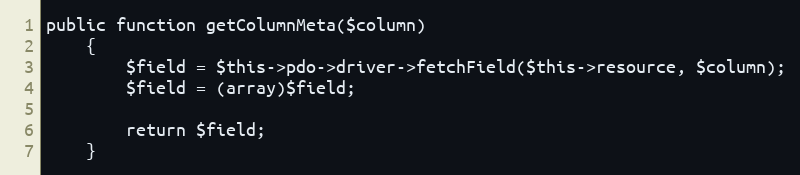
Language: PHP
public function getColumnMeta($column)
	{
		$field = $this->pdo->driver->fetchField($this->resource, $column);
		$field = (array)$field;

		return $field;
	}